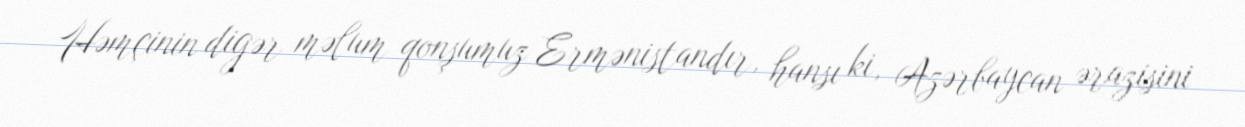
Həmçinin digər məlum qonşumuz Ermənistandır, hansı ki, Azərbaycan ərazisini